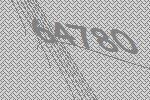
64780